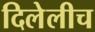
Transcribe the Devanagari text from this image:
दिलेलीच